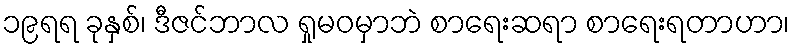
၁၉ရရ ခုနှစ်၊ ဒီဇင်ဘာလ ရှုမဝမှာဘဲ စာရေးဆရာ စာရေးရတာဟာ၊